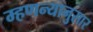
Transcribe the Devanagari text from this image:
म्हणन्यानुसार